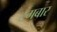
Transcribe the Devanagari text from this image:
टगबार